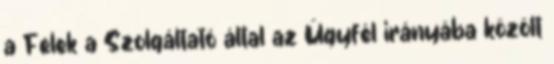
a Felek a Szolgáltató által az Ügyfél irányába közölt